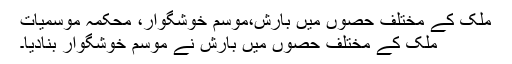
ملک کے مختلف حصوں ميں بارش،موسم خوشگوار، محکمہ موسمیات
ملک کے مختلف حصوں ميں بارش نے موسم خوشگوار بناديا۔